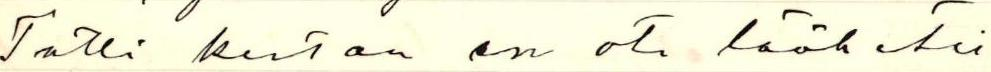
Tällä kertaa en ota lääketie